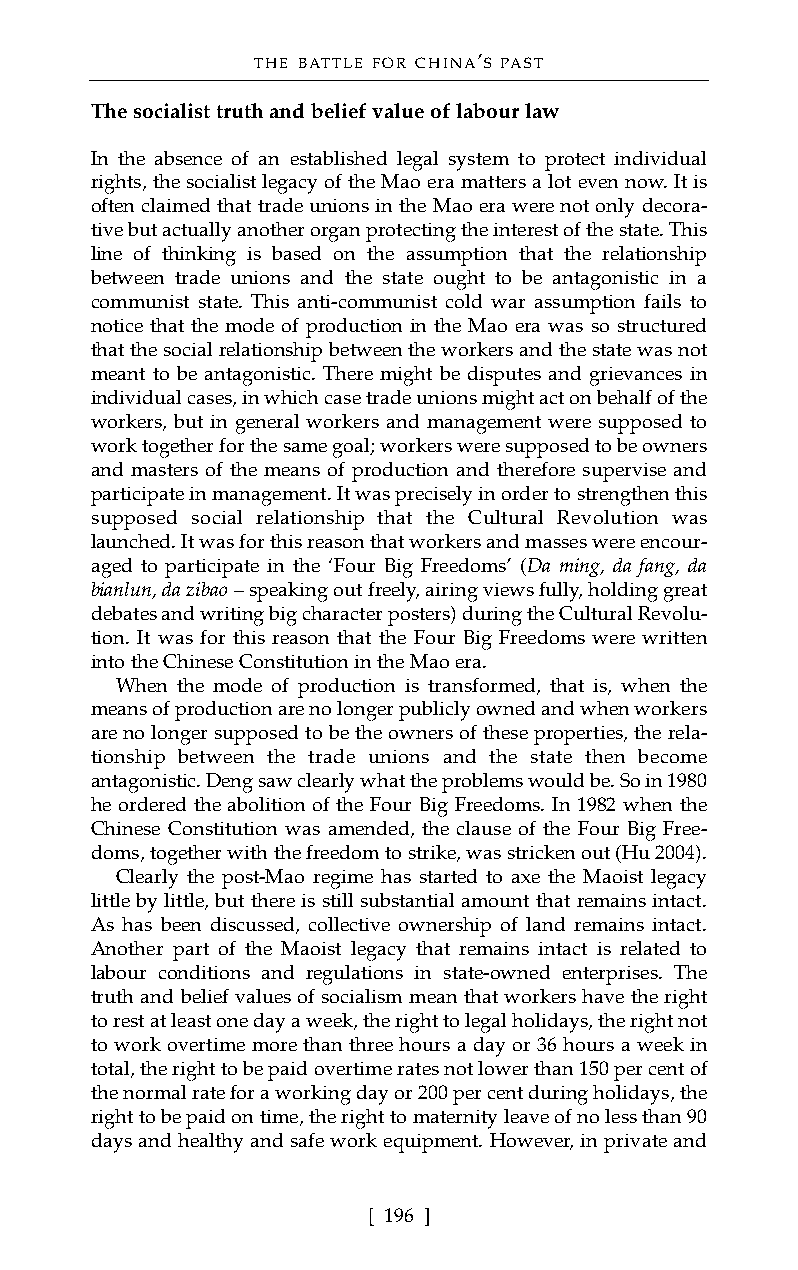
THE BATTLE FOR CHINA’S PAST
 The socialist truth and belief value of labour law
 In the absence of an established legal system to protect individual
 rights, the socialist legacy of the Mao era matters a lot even now. It is
 often claimed that trade unions in the Mao era were not only decora-
 tive but actually another organ protecting the interest of the state. This
 line of thinking is based on the assumption that the relationship
 between trade unions and the state ought to be antagonistic in a
 communist state. This anti-communist cold war assumption fails to
 notice that the mode of production in the Mao era was so structured
 that the social relationship between the workers and the state was not
 meant to be antagonistic. There might be disputes and grievances in
 individual cases, in which case trade unions might act on behalf of the
 workers, but in general workers and management were supposed to
 work together for the same goal; workers were supposed to be owners
 and masters of the means of production and therefore supervise and
 participate in management. It was precisely in order to strengthen this
 supposed social relationship that the Cultural Revolution was
 launched. It was for this reason that workers and masses were encour-
 aged to participate in the ‘Four Big Freedoms’ (Da ming, da fang, da
 bianlun, da zibao– speaking out freely, airing views fully, holding great
 debates and writing big character posters) during the Cultural Revolu-
 tion. It was for this reason that the Four Big Freedoms were written
 into the Chinese Constitution in the Mao era.
 When the mode of production is transformed, that is, when the
 means of production are no longer publicly owned and when workers
 are no longer supposed to be the owners of these properties, the rela-
 tionship between the trade unions and the state then become
 antagonistic. Deng saw clearly what the problems would be. So in 1980
 he ordered the abolition of the Four Big Freedoms. In 1982 when the
 Chinese Constitution was amended, the clause of the Four Big Free-
 doms, together with the freedom to strike, was stricken out (Hu 2004).
 Clearly the post-Mao regime has started to axe the Maoist legacy
 little by little, but there is still substantial amount that remains intact.
 As has been discussed, collective ownership of land remains intact.
 Another part of the Maoist legacy that remains intact is related to
 labour conditions and regulations in state-owned enterprises. The
 truth and belief values of socialism mean that workers have the right
 to rest at least one day a week, the right to legal holidays, the right not
 to work overtime more than three hours a day or 36 hours a week in
 total, the right to be paid overtime rates not lower than 150 per cent of
 the normal rate for a working day or 200 per cent during holidays, the
 right to be paid on time, the right to maternity leave of no less than 90
 days and healthy and safe work equipment. However, in private and
 [ 196 ]